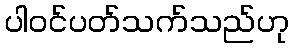
ပါဝင်ပတ်သက်သည်ဟု